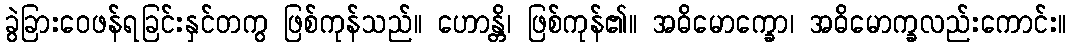
ခွဲခြားဝေဖန်ရခြင်းနှင်တကွ ဖြစ်ကုန်သည်။ ဟောန္တိ၊ ဖြစ်ကုန်၏။ အဓိမောက္ခော၊ အဓိမောက္ခလည်းကောင်း။